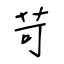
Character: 苛